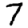
Digit: 7